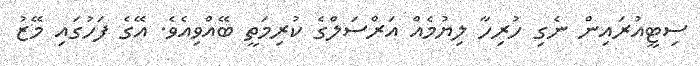
ސިޓީއުރައިން ނެގި ހުރިހާ ލިޔުމެއް އަރްސަލްގެ ކުރިމަތީ ބޭއްވިއެވެ. އޭގެ ފަހުގައި މޭޒު